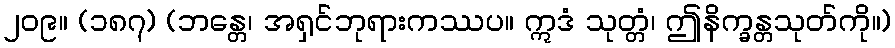
၂၀၉။ (၁၈၇) (ဘန္တေ၊ အရှင်ဘုရားကဿပ။ ဣဒံ သုတ္တံ၊ ဤနိက္ခန္တသုတ်ကို။)